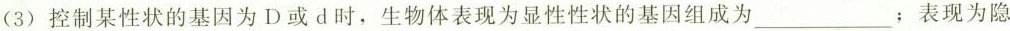
(3)控制某性状的基因为D或d时，生物体表现为显性性状的基因组成为___；表现为隐